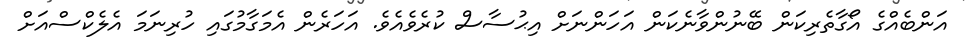
އަންބެއްގެ އޯގާތެރިކަން ބޭނުންވާނެކަން އަހަންނަށް އިޙުސާސް ކުރެވެއެވެ. އަހަރެން އެމަގާމުގައި ހުރިނަމަ އެލެކްސްއަށް